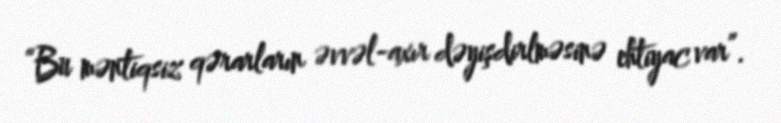
“Bu məntiqsiz qərarların əvvəl-axır dəyişdirlməsinə ehtiyac var”.